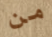
من